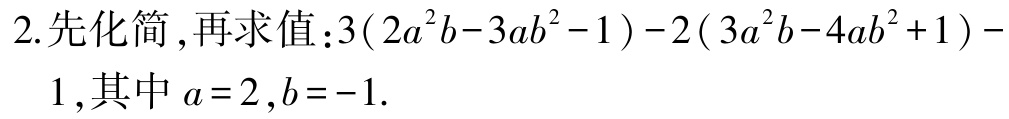
2.先化简 ,再求值：$3(2a^{2}b - 3ab^{2} - 1) - 2(3a^{2}b - 4ab^{2} + 1) - 1$,其中$a = 2 ,b = - 1$.